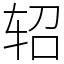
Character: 轺